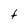
Character: t